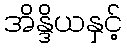
အိန္ဒိယနှင့်